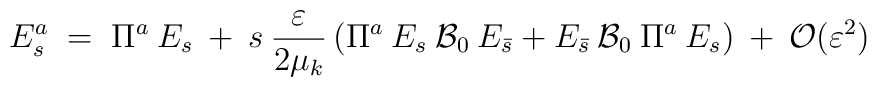
E^a_s \;=\; \Pi^a\:E_s \:+\: s\: \frac{\varepsilon}{2 \mu_k}\left( \Pi^a\:E_s\: {\cal{B}}_0\: E_{\bar{s}} + E_{\bar{s}}\:{\cal{B}}_0\: \Pi^a\:E_s \right) \:+\: {\cal{O}}(\varepsilon^2)